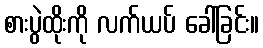
စားပွဲထိုးကို လက်ယပ် ခေါ်ခြင်း။